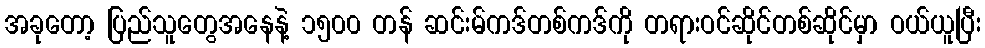
အခုတော့ ပြည်သူတွေအနေနဲ့ ၁၅၀၀ တန် ဆင်းမ်ကဒ်တစ်ကဒ်ကို တရားဝင်ဆိုင်တစ်ဆိုင်မှာ ဝယ်ယူပြီး